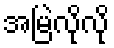
အမြဲလိုလို